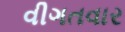
વીગતવાર